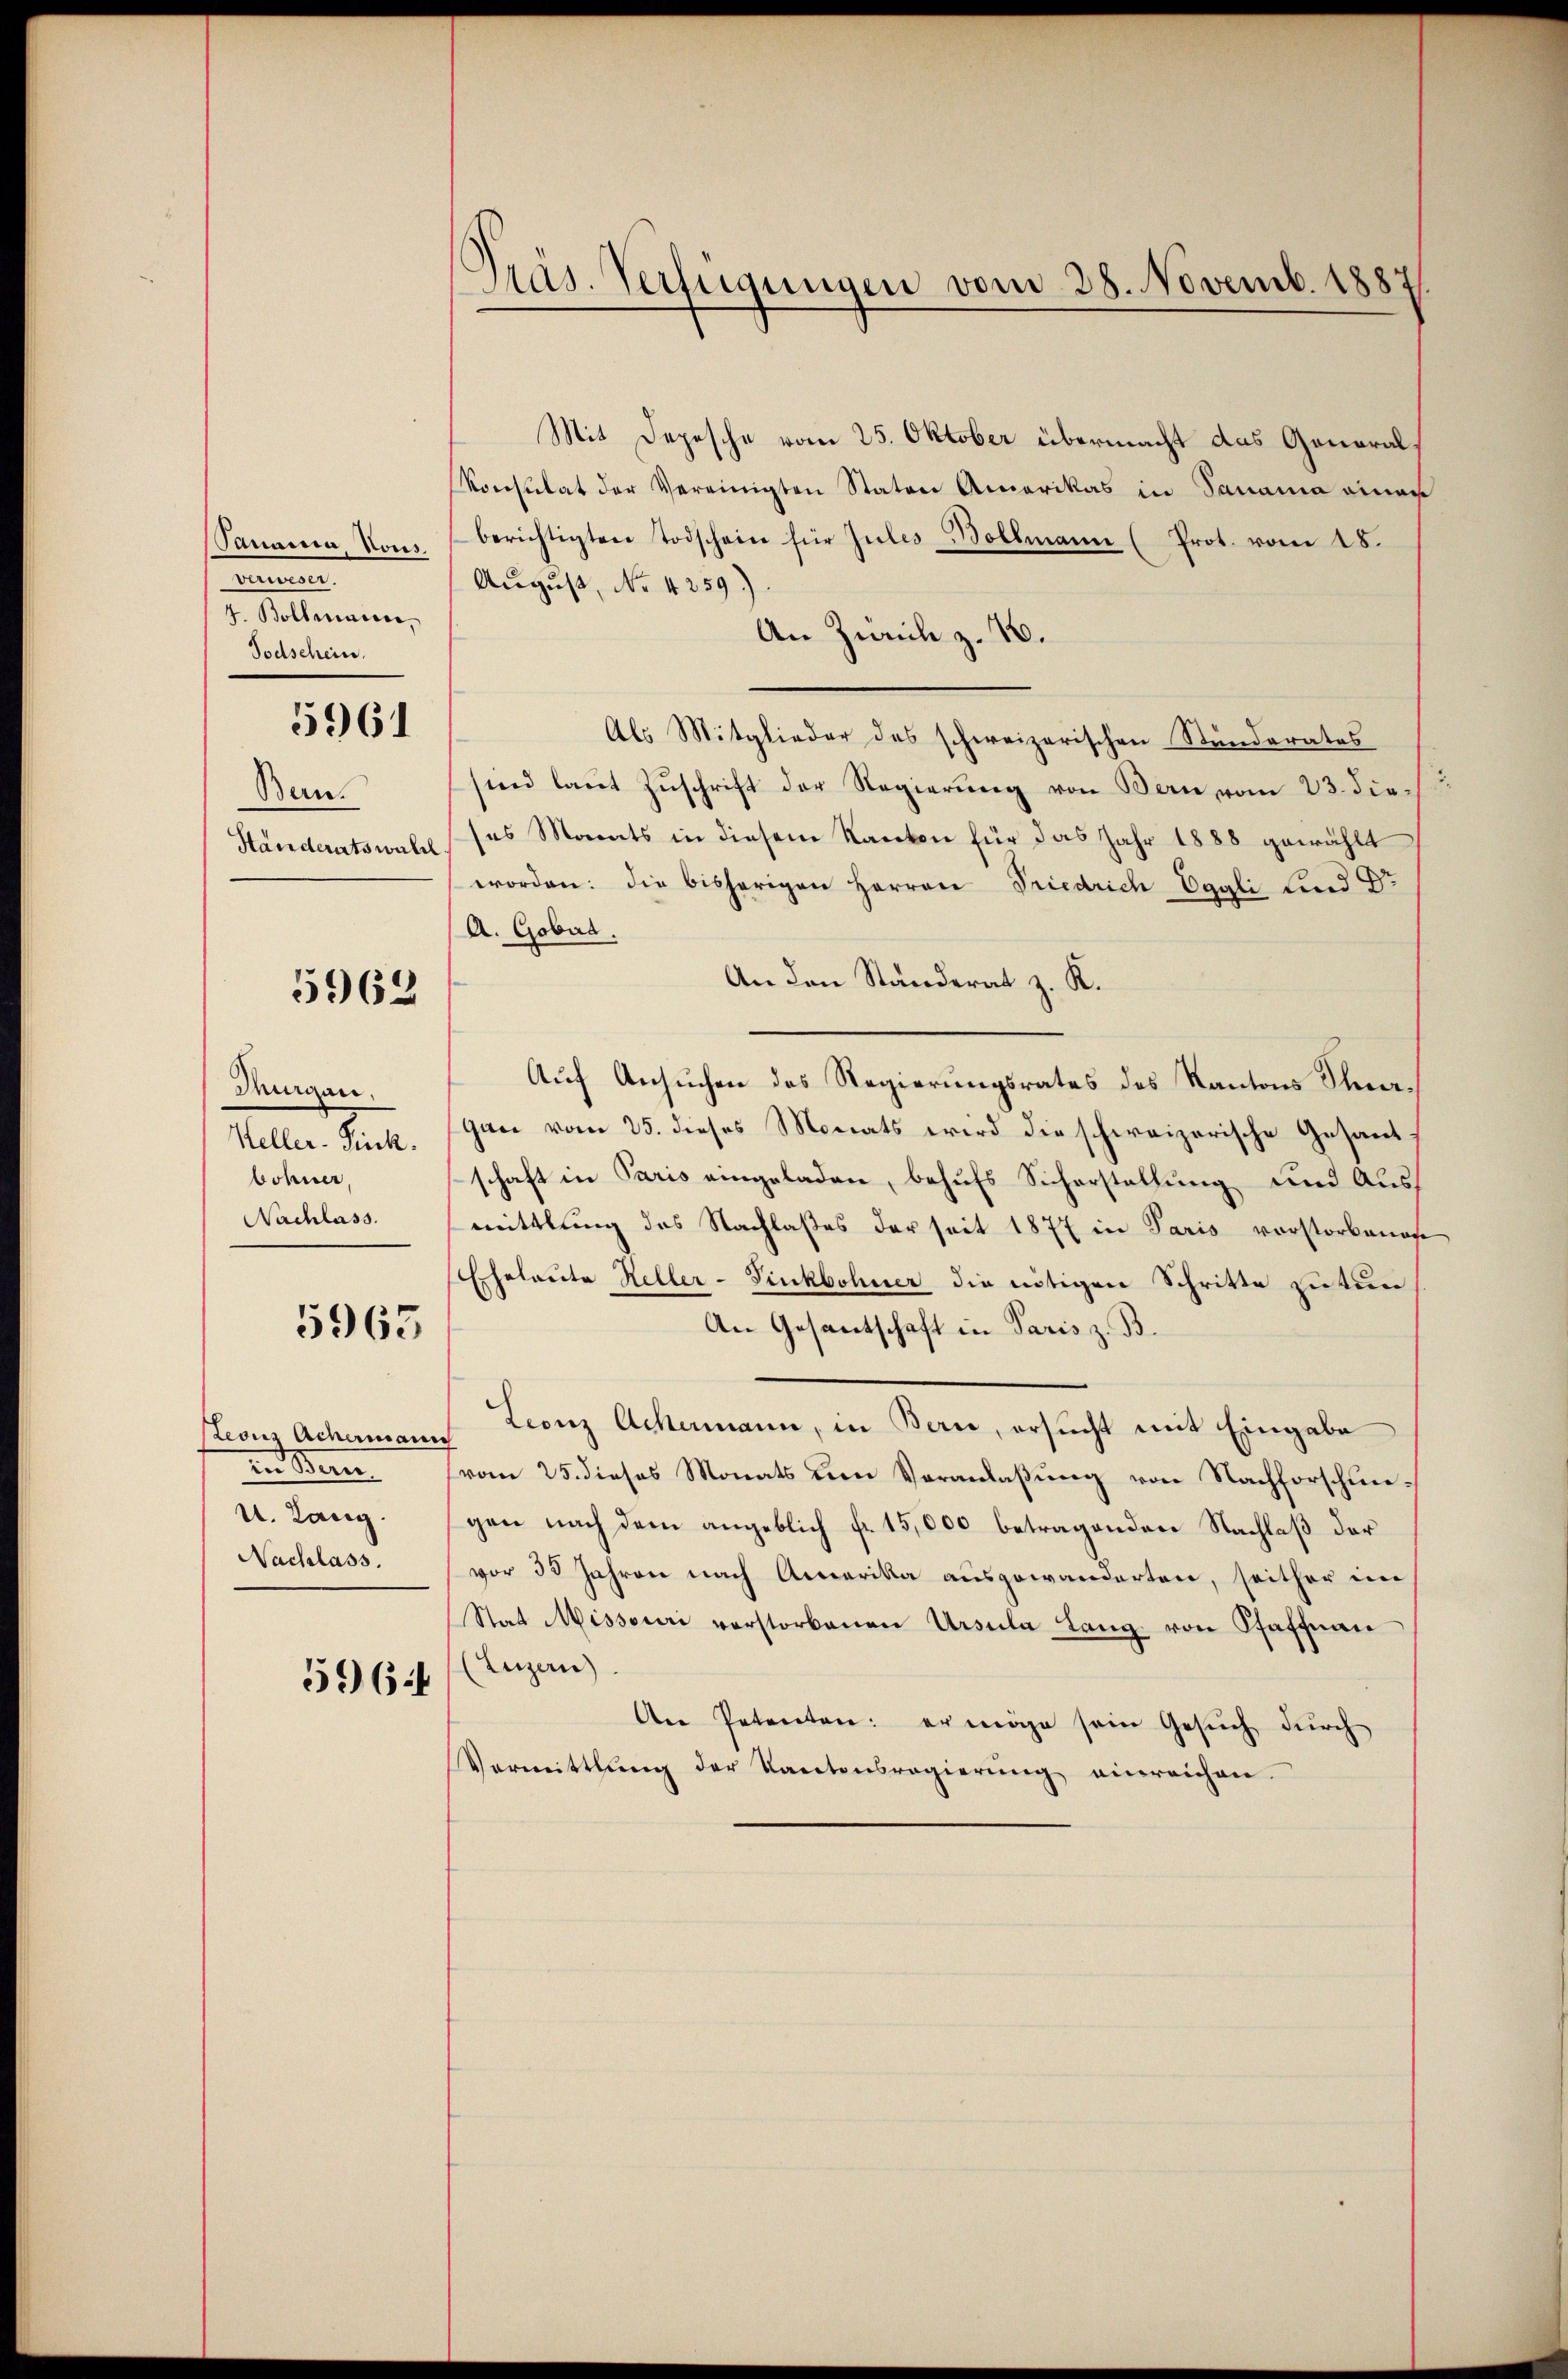
Panasia, Nous.

4. Bollenior,
Todschein.

5961

Bern.
Händeratswahl.

5963

Thurgau.
Heller-Fieck.
bohner,
Nachlass.

5965

Leonz Achermann
ten Beri
U. Lang.
Nachlass.

59) 64

Pras. Verfügungen vom 28. Novemb. 1887

Mit Depesche vom 25. Oktober übermacht das General
Konsulat der Vereinigten Stator Amerikas in Panama einer
berichtigten Todschein für Zules Bollmann (Prot. vom 18.
August, No 4259)
An Zürich z. 16.
Als Mitglieder des schweizerischen Stunderates
sind laut Zŭschrift der Regierŭng von Bern vom 23. die-
ses Monats in diesem Kanton für das Jahr 1888 gewählt
worden: die bisherigen Herren Friedrich Eggli, Land Dr
A. Gobad.
An den Standerat z. R.
Auf Ansuchen des Regierungsrates des Kantons Thiergan vom 25. dieses Monats wird die schweizerische Gesandschaft in Paris eingeladen, behufs Sicherstellung und Ausmittlung des Nachlaßes der seit 1877 in Paris vorstorbeno
Eheleute Heller-Finkbohner die nötigen Schritte zutun
An Gesantschaft in Paris z. B.
Leonz Ackermann, in Bern, ersucht mit Eingabe
vom 25. dieses Monats um Veranlaßung von Nachforschungen nach dem angeblich fr. 15,000 betragenden Nachlaß der
vor 35 Jahren nach Amerika ausgewanderten, seither im
Statt Missouri verstorbenen Ursula Lang von Pfaffnau
(Luzern).
An Petenten: er möge sein Gesŭch durch
Vermittlung der Kantonsregierŭng einreichen.